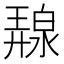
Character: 𭚛